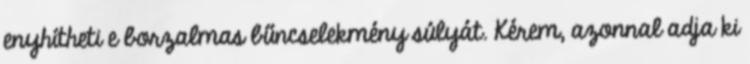
enyhítheti e borzalmas bűncselekmény súlyát. Kérem, azonnal adja ki